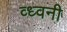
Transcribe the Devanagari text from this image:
व्ध्वनी